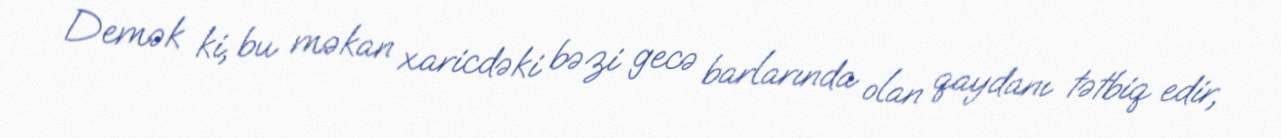
Demək ki, bu məkan xaricdəki bəzi gecə barlarında olan qaydanı tətbiq edir,